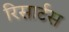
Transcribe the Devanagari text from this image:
रिसार्टस